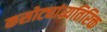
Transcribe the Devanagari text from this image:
कसोट्यांव्यतिरिक्त